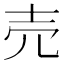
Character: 売